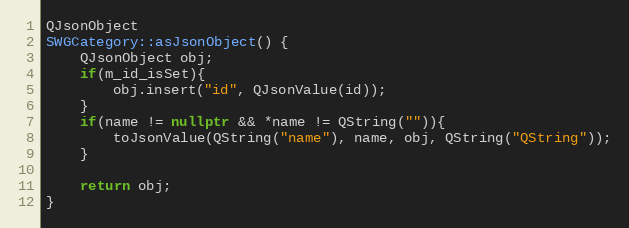
Language: C++
QJsonObject
SWGCategory::asJsonObject() {
    QJsonObject obj;
    if(m_id_isSet){
        obj.insert("id", QJsonValue(id));
    }
    if(name != nullptr && *name != QString("")){
        toJsonValue(QString("name"), name, obj, QString("QString"));
    }

    return obj;
}